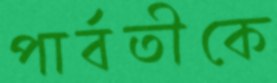
পার্বতীকে